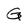
Character: G